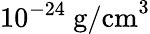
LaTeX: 10^{-24}~\mathrm{g/cm}^{3}